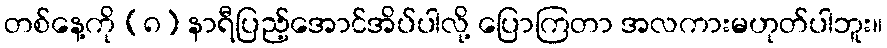
တစ်နေ့ကို (၈) နာရီပြည့်အောင်အိပ်ပါလို့ ပြောကြတာ အလကားမဟုတ်ပါဘူး။